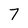
Character: 7